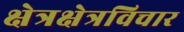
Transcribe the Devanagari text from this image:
क्षेत्रक्षेत्रविचार